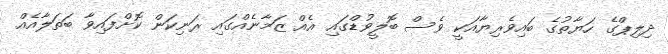
ދިލިޕްގެ ހަޔާތުގެ ބައިވެރިޔާއަކީ ވެސް ބޮލީވުޑްގައި އެއް ޒަމާނެއްގައި ރަނިކަން ކޮށްފައިވާ ބަތަލާއެއް